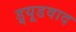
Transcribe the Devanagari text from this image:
ड्र्यूडवाद